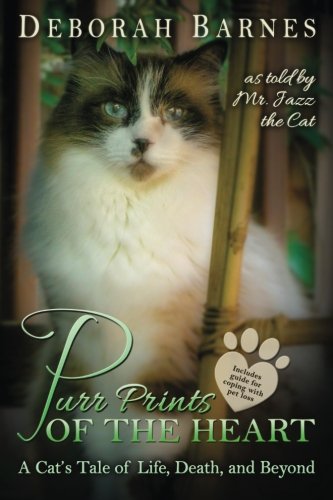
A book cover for Purr Prints of the Heart: A Cat's Tale of Life, Death, and Beyond; Deborah Barnes; Crafts, Hobbies & Home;